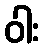
ဝါး